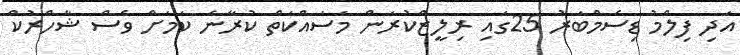
އަދި ފިލްމު ޑިސެމްބަރު 25ގައި ރިލީޒްކުރަން މަސައްކަތް ކުރާނެ ކަމަށް ވެސް ޝާހްރުކް